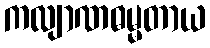
ကလျာဏဓမ္မတာယ